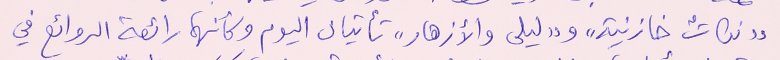
"نكاتٌ خازنية" و"ليلى والأزهار" تأتيان اليوم وكأنهما رائعة الروائع في